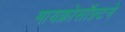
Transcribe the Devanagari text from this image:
मायक्रोसॉफ़्टने